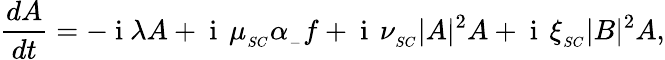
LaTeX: \frac{dA}{dt}=-\mathrm{~i~}\lambda A+\mathrm{~i~}\, \mu_{_{SC}}\alpha_{_-}f+\mathrm{~i~}\, \nu_{_{SC}}|A|^{2}A+\mathrm{~i~}\, \xi_{_{SC}}|B|^{2}A,